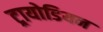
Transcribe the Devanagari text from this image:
ट्रायोडियन